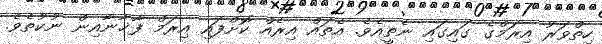
ހިތްވަރު އިރަމްގެ ގައިގައި ނެތީއެވެ. އެތައް އިރެއް ކޮށްފައި އިރަމް ފާޚާނާއިން ނުކުތެވެ.